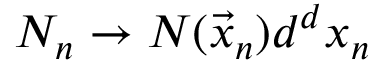
N _ { n } \rightarrow N ( \vec { x } _ { n } ) d ^ { d } x _ { n }